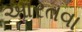
આરતવા